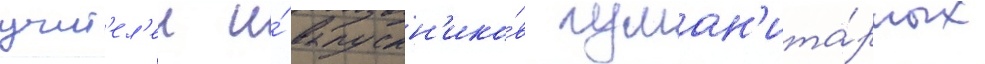
учит'ел'еи и́ выпускн'ико́в гуман'ита́рных